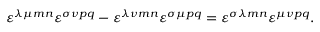
\varepsilon ^ { \lambda \mu m n } \varepsilon ^ { \sigma \nu p q } - \varepsilon ^ { \lambda \nu m n } \varepsilon ^ { \sigma \mu p q } = \varepsilon ^ { \sigma \lambda m n } \varepsilon ^ { \mu \nu p q } .